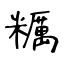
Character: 糲